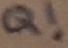
Text: Q!